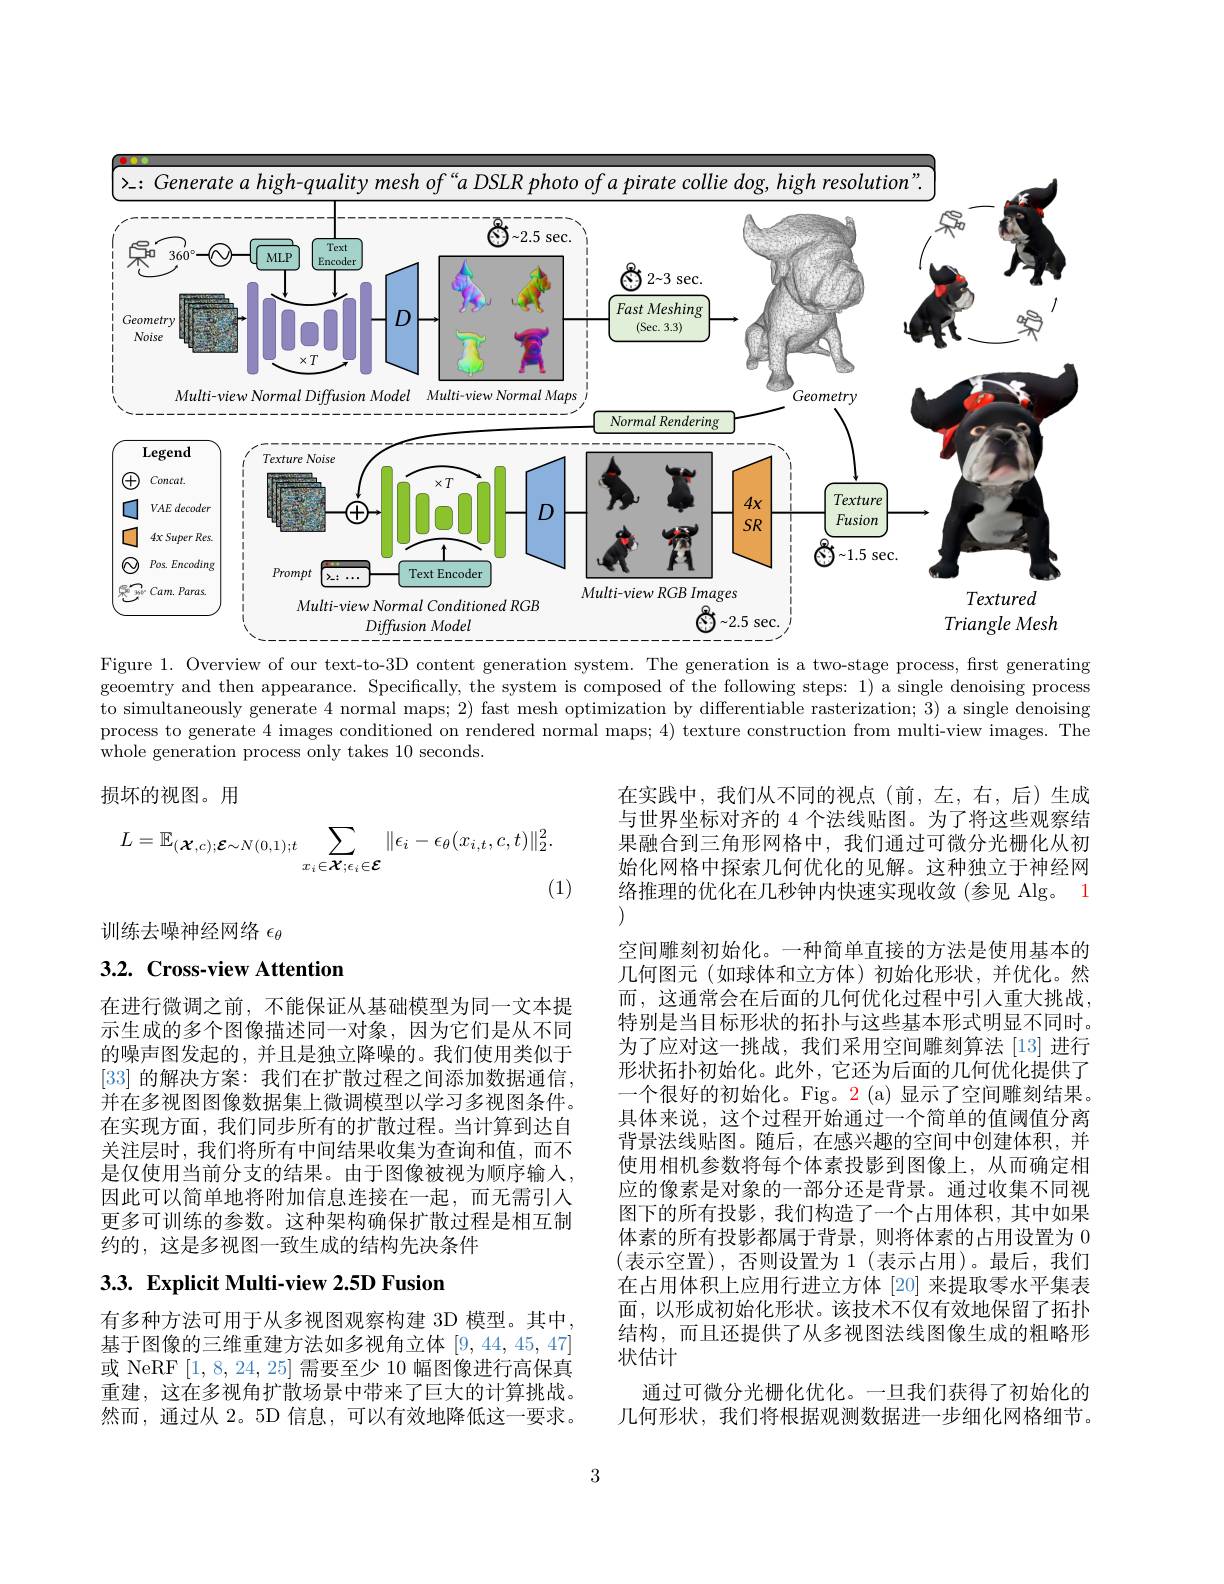
<FigureHere>
Figure 1. Overview of our text-to-3D content generation system. The generation is a two-stage process, frst generating

geoemtry and then appearance. Specifically, the system is composed of the following steps: 1) a single denoising process to simultaneously generate 4 normal maps; 2) fast mesh optimization by differentiable rasterization; 3) a single denoising process to generate 4 images conditioned on rendered normal maps; 4) texture construction from multi-view images. The whole generation process only takes 10 seconds.

损坏的视图。用
$$L=\mathbb{E}_{(\boldsymbol{X},c);\boldsymbol{E}\sim N(0,1);t}\sum_{x_{i}\in\boldsymbol{X};\epsilon_{i}\in\boldsymbol{E}}\|\epsilon_{i}-\epsilon_{\theta}(x_{i,t},c,t)\|_{2}^{2}.$$
(1)

训练去噪神经网络$\epsilon_\mathrm{\theta}$

# 3.2. Cross-view Attention

在实践中，我们从不同的视点(前，左，右，后)生成与世界坐标对齐的 4 个法线贴图。为了将这些观察结果融合到三角形网格中，我们通过可微分光栅化从初始化网格中探索几何优化的见解。这种独立于神经网络推理的优化在几秒钟内快速实现收敛(参见 Alg。1 (1)
空间雕刻初始化。一种简单直接的方法是使用基本的几何图元(如球体和立方体)初始化形状，并优化。然而，这通常会在后面的几何优化过程中引人重大挑战， 特别是当目标形状的拓扑与这些基本形式明显不同时。为了应对这一挑战，我们采用空间雕刻算法[13]进行形状拓扑初始化。此外，它还为后面的几何优化提供了一个很好的初始化。Fig。2(a)显示了空间雕刻结果。具体来说，这个过程开始通过一个简单的值阈值分离背景法线贴图。随后，在感兴趣的空间中创建体积，并使用相机参数将每个体素投影到图像上，从而确定相应的像素是对象的一部分还是背景。通过收集不同视图下的所有投影，我们构造了一个占用体积，其中如果体素的所有投影都属于背景，则将体素的占用设置为 0 (表示空置),否则设置为 1(表示占用)。最后，我们在占用体积上应用行进立方体[20]来提取零水平集表面，以形成初始化形状。该技术不仅有效地保留了拓扑结构，而且还提供了从多视图法线图像生成的粗略形状估计
通过可微分光栅化优化。一旦我们获得了初始化的几何形状，我们将根据观测数据进一步细化网格细节。

在进行微调之前，不能保证从基础模型为同一文本提示生成的多个图像描述同一对象，因为它们是从不同的噪声图发起的，并且是独立降噪的。我们使用类似于[33] 的解决方案：我们在扩散过程之间添加数据通信， 并在多视图图像数据集上微调模型以学习多视图条件。在实现方面，我们同步所有的扩散过程。当计算到达自关注层时，我们将所有中间结果收集为查询和值，而不是仅使用当前分支的结果。由于图像被视为顺序输入， 因此可以简单地将附加信息连接在一起，而无需引人更多可训练的参数。这种架构确保扩散过程是相互制约的，这是多视图一致生成的结构先决条件

# 3.3. Explicit Multi-view 2.5D Fusion

有多种方法可用于从多视图观察构建 3D 模型。其中， 基于图像的三维重建方法如多视角立体[9,44,45,47] 或 NeRF [1,8,24,25]需要至少 10 幅图像进行高保真重建，这在多视角扩散场景中带来了巨大的计算挑战。然而，通过从 2。5D 信息，可以有效地降低这一要求。

3